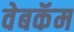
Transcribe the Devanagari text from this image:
वेबकॅम